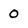
Character: 0